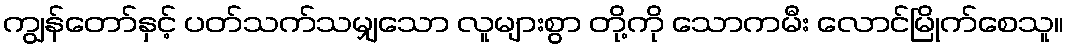
ကျွန်တော်နှင့် ပတ်သက်သမျှသော လူများစွာ တို့ကို သောကမီး လောင်မြိုက်စေသူ။